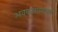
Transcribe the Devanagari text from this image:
अवकाशस्थानक